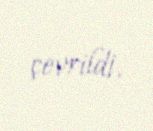
çevrildi.